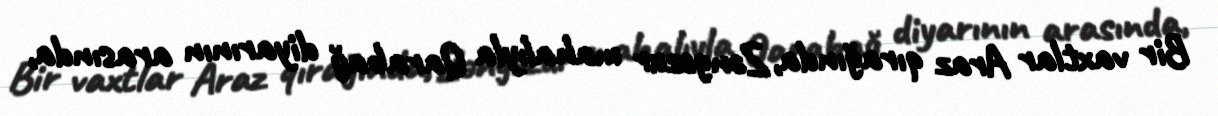
Bir vaxtlar Araz qırağında, Zəngəzur mahalıyla Qarabağ diyarının arasında,